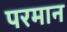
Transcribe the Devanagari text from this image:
परमान